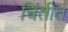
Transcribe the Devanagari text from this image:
चिंतीत